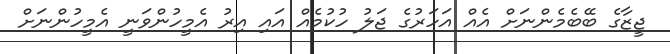
ޖީޒާގެ ބޭބެމެންނަށް އެއް އަހަރުގެ ޖަލު ހުކުމެއް އައި އިރު އެމީހުންވަނީ އެމީހުންނަށް